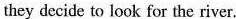
they decide to look for the river.